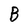
Character: B